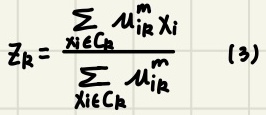
$z_{R}=\frac{\sum_{x_{i} \in C_{R}} \mu_{i R}^{m} x_{i}}{\sum_{x_{i} \in C_{R}} \mu_{i R}^{m}}\tag{3}$